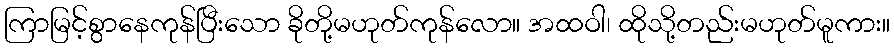
ကြာမြင့်စွာနေကုန်ပြီးသော ခိုတို့မဟုတ်ကုန်လော။ အထဝါ၊ ထိုသို့တည်းမဟုတ်မူကား။